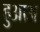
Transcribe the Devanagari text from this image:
हुआअ